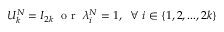
U _ { k } ^ { N } = I _ { 2 k } \; \mathrm { ~ o ~ r ~ } \; \lambda _ { i } ^ { N } = 1 , \; \; \forall \; i \in \{ 1 , 2 , . . . , 2 k \}